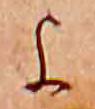
よ